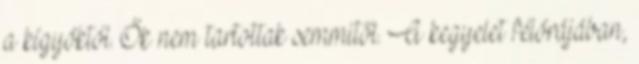
a kígyóktól. Ők nem tartottak semmitől. A kegyelet félórájában,